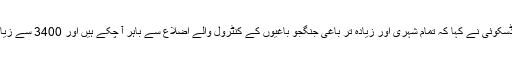
روس کی وزارت دفاع کے ایک اہلکار سرجئی روڈسکوئی نے کہا کہ تمام شہری اور زیادہ تر باغی جنگجو باغیوں کے کنٹرول والے اضلاع سے باہر آ چکے ہیں اور 3400 سے زیادہ باغیوں نے فوج کے سامنے ہتھیار ڈال دئے ہیں۔